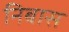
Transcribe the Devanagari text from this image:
निबास